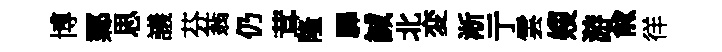
博鄴思議芬蓊仍茸隆驆誠北変淅亍雲嫂游兪徉